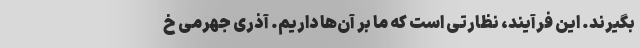
بگیرند. این فرآیند، نظارتی است که ما بر آن‌ها داریم. آذری جهرمی خ